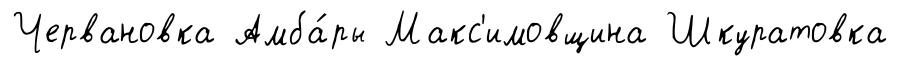
Червановка Амба́ры Макс'имовщина Шкуратовка